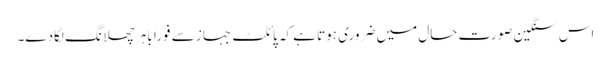
اس سنگین صورت حال میں ضروری ہوتا ہے کہ پائلٹ جہاز سے فوراً باہر چھلانگ لگادے۔